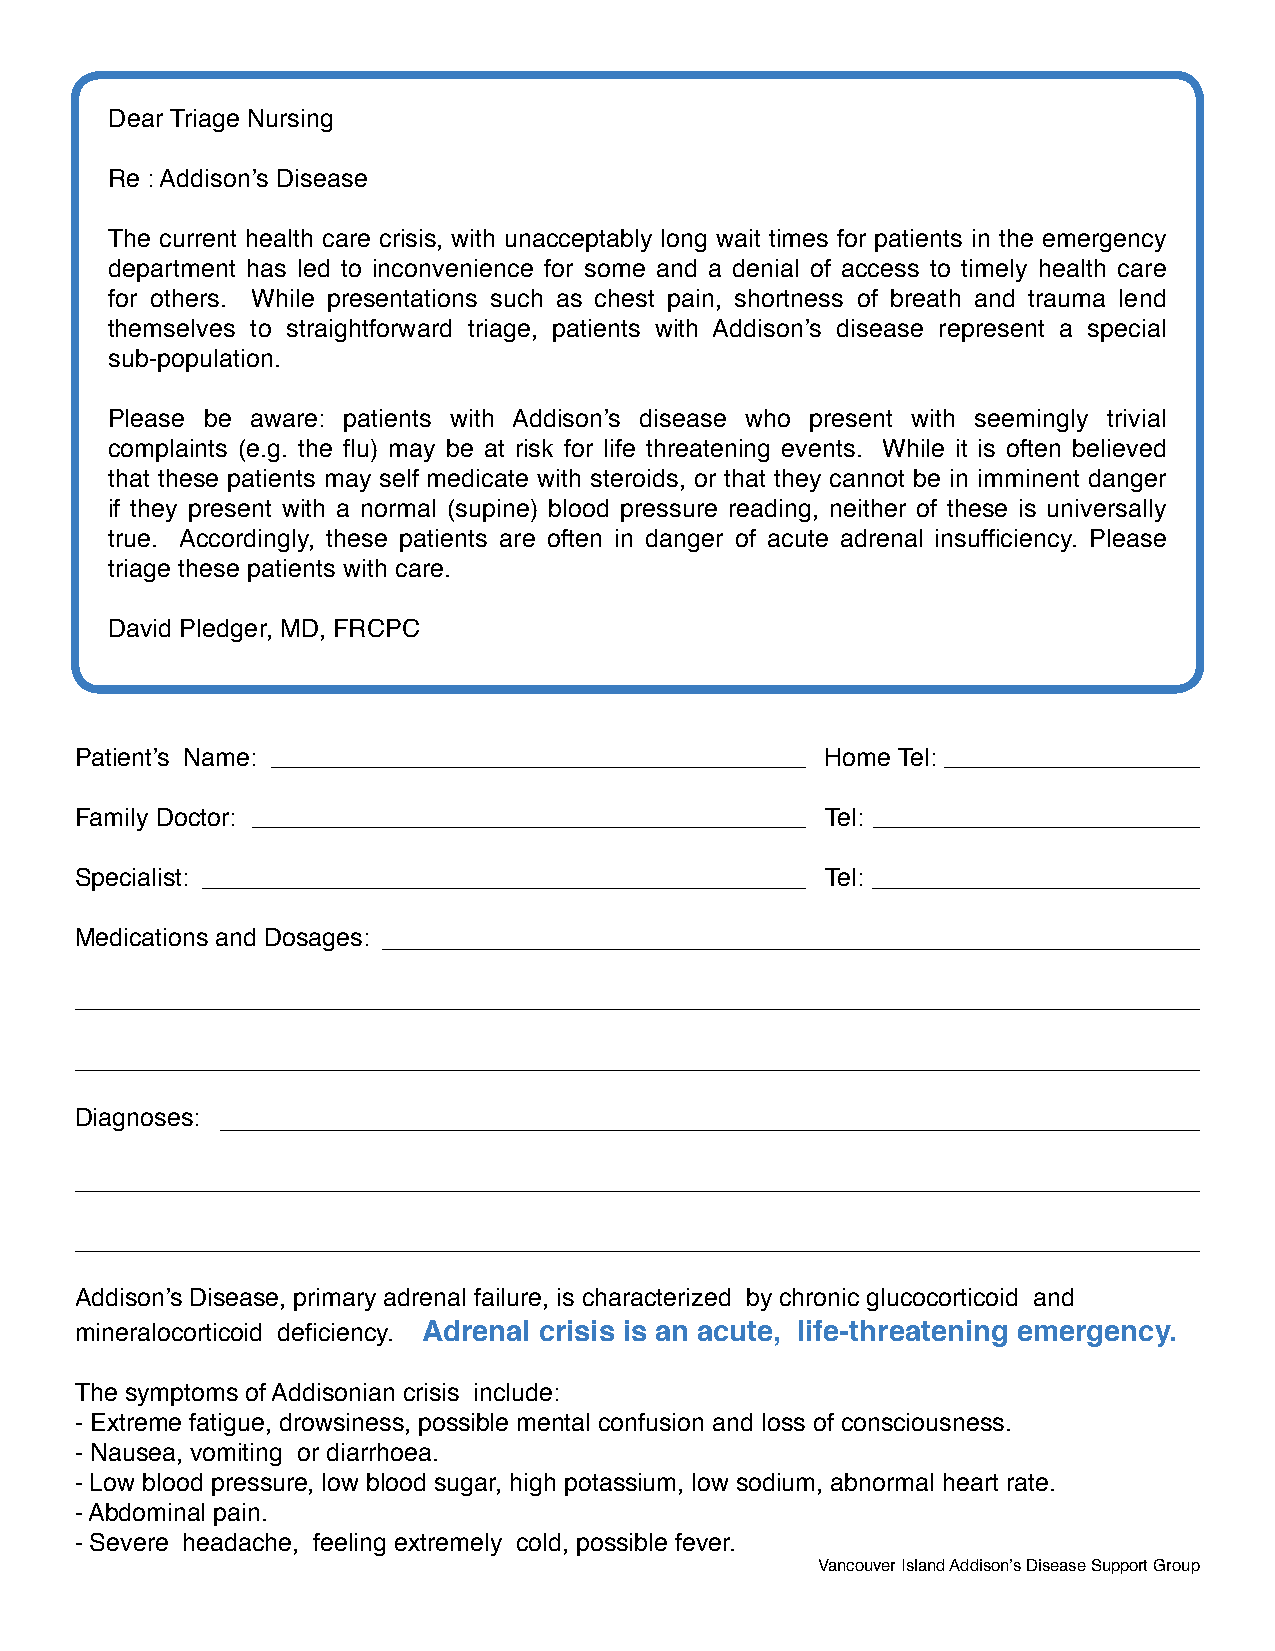
Dear Triage Nursing
 Re : Addisonʼs Disease
 The current health care crisis, with unacceptably long wait times for patients in the emergency
 department has led to inconvenience for some and a denial of access to timely health care
 for others. While presentations such as chest pain, shortness of breath and trauma lend
 themselves to straightforward triage, patients with Addisonʼs disease represent a special
 sub-population.
 Please be aware: patients with Addisonʼs disease who present with seemingly trivial
 complaints (e.g. the flu) may be at risk for life threatening events. While it is often believed
 that these patients may self medicate with steroids, or that they cannot be in imminent danger
 if they present with a normal (supine) blood pressure reading, neither of these is universally
 true. Accordingly, these patients are often in danger of acute adrenal insufficiency. Please
 triage these patients with care.
 David Pledger, MD, FRCPC
 Patientʼs Name:                                   Home Tel:
 Family Doctor:                                    Tel:
 Specialist:                                       Tel:
 Medications and Dosages:
 Diagnoses:
 Addisonʼs Disease, primary adrenal failure, is characterized by chronic glucocorticoid and
 mineralocorticoid deficiency. Adrenal crisis is an acute, life-threatening emergency.
 The symptoms of Addisonian crisis include:
 - Extreme fatigue, drowsiness, possible mental confusion and loss of consciousness.
 - Nausea, vomiting or diarrhoea.
 - Low blood pressure, low blood sugar, high potassium, low sodium, abnormal heart rate.
 - Abdominal pain.
 - Severe headache, feeling extremely cold, possible fever.
 Vancouver Island Addisonʼs Disease Support Group